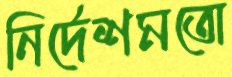
নির্দেশমতো